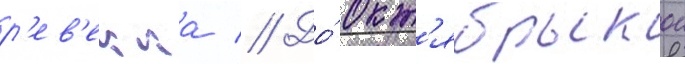
р'ев'екка // До́ окт'ябрьскои